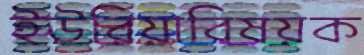
ইউরিয়াবিষয়ক